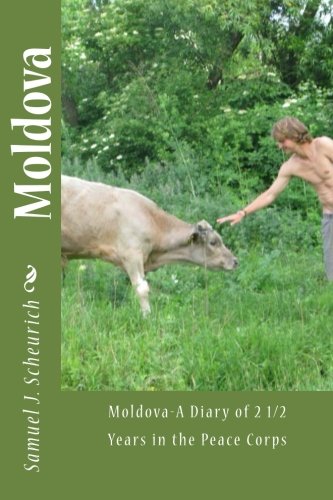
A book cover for Moldovan Diary: Two years in the Peace Corps; Samuel Scheurich; Travel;